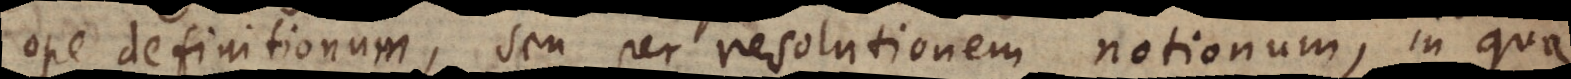
ope definitionum, seu per resolutionem notionum, in qua